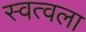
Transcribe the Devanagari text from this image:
स्वत्वला